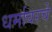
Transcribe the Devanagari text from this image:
धर्मावरचे